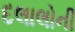
દલાલોની